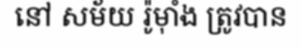
នៅ សម័យ រ៉ូម៉ាំង ត្រូវបាន